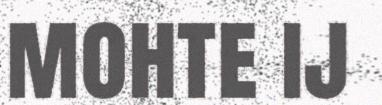
mohte ij